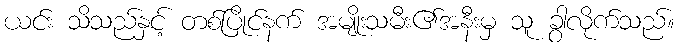
ယင်း သိသည်နှင့် တစ်ပြိုင်နက် အမျိုးသမီး၏အနီးမှ သူ ခွာလိုက်သည်။